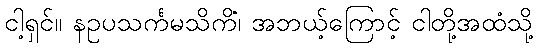
ငါ့ရှင်။ နဥပသင်္ကမသိကိံ၊ အဘယ့်ကြောင့် ငါတို့အထံသို့